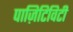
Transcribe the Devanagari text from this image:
पाज़िटिविटी